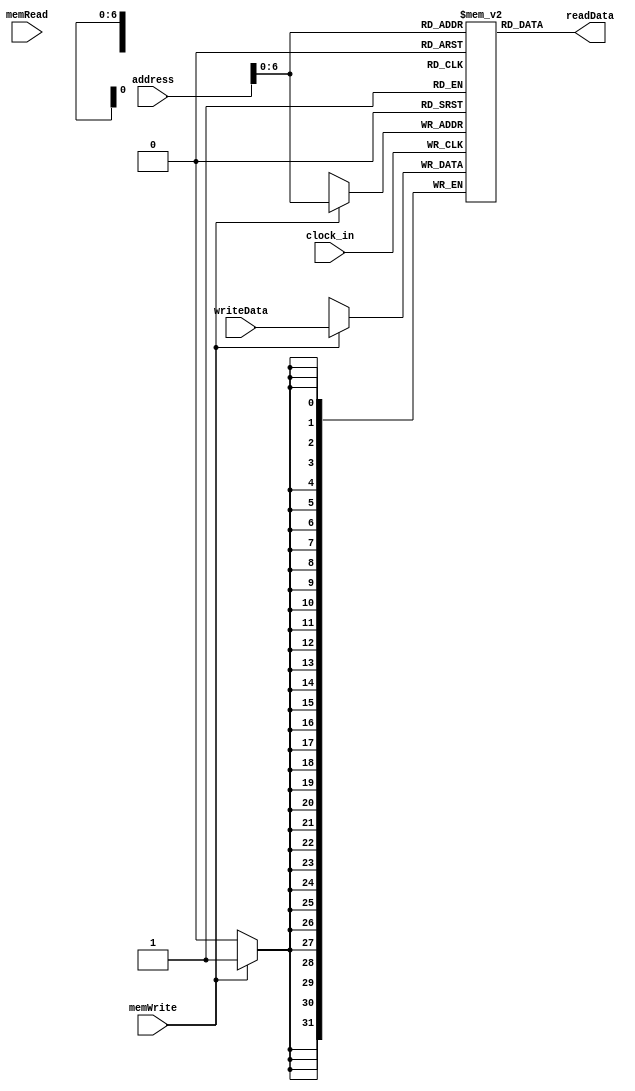
module data_memory( clock_in,address,writeData,memWrite,memRead,readData);

    input clock_in;
    input [31:0] address;
    input [31:0] writeData;
    input memWrite;
    input memRead;
    output [31:0] readData;
   

	reg [31:0] memFile[0:127];
	reg [31:0] readData;
	integer i;
	
	initial
		begin
			for(i = 0; i < 32; i = i + 1)
				memFile[i] = 0;
			readData = 0;
		end
	always @ (memRead or address) //
	begin
		readData = memFile[address];
	end
	
	always @ (negedge clock_in) //
	begin
		if(memWrite)
			memFile[address] = writeData;
	end
endmodule